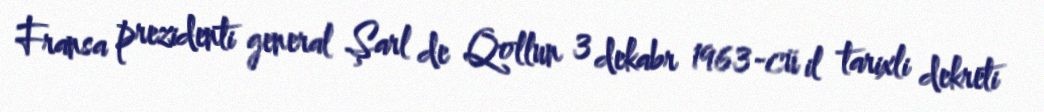
Fransa prezidenti general Şarl de Qollun 3 dekabr 1963-cü il tarixli dekreti